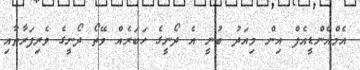
އެމްއެންޑީއެފް އިން މިއަދު ބުނީ އެ ދޯނީގެ ހަބަރެއް ވޭތޯ ދޯނީގެ ވެރިފަރާތާއި